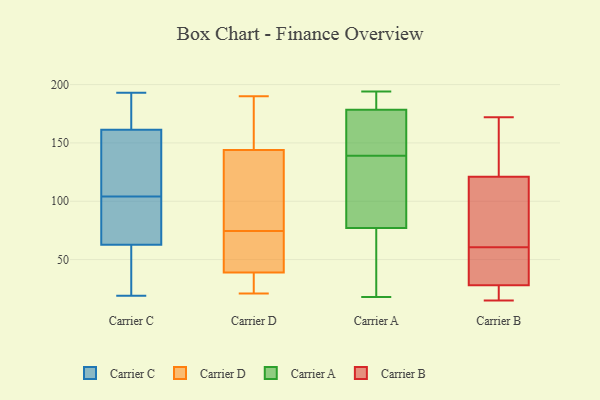
{"axis": {"x": "Humidity (%)", "y": "Value"}, "legend": ["Carrier A", "Carrier B", "Carrier C", "Carrier D"], "data": [{"x": "", "y": 163, "type": "Carrier C"}, {"x": "", "y": 153, "type": "Carrier C"}, {"x": "", "y": 56, "type": "Carrier C"}, {"x": "", "y": 169, "type": "Carrier C"}, {"x": "", "y": 104, "type": "Carrier C"}, {"x": "", "y": 38, "type": "Carrier C"}, {"x": "", "y": 104, "type": "Carrier C"}, {"x": "", "y": 191, "type": "Carrier C"}, {"x": "", "y": 65, "type": "Carrier C"}, {"x": "", "y": 19, "type": "Carrier C"}, {"x": "", "y": 20, "type": "Carrier C"}, {"x": "", "y": 162, "type": "Carrier C"}, {"x": "", "y": 62, "type": "Carrier C"}, {"x": "", "y": 159, "type": "Carrier C"}, {"x": "", "y": 104, "type": "Carrier C"}, {"x": "", "y": 193, "type": "Carrier C"}, {"x": "", "y": 85, "type": "Carrier C"}, {"x": "", "y": 77, "type": "Carrier C"}, {"x": "", "y": 159, "type": "Carrier C"}, {"x": "", "y": 34, "type": "Carrier D"}, {"x": "", "y": 91, "type": "Carrier D"}, {"x": "", "y": 144, "type": "Carrier D"}, {"x": "", "y": 39, "type": "Carrier D"}, {"x": "", "y": 166, "type": "Carrier D"}, {"x": "", "y": 74, "type": "Carrier D"}, {"x": "", "y": 71, "type": "Carrier D"}, {"x": "", "y": 21, "type": "Carrier D"}, {"x": "", "y": 158, "type": "Carrier D"}, {"x": "", "y": 75, "type": "Carrier D"}, {"x": "", "y": 39, "type": "Carrier D"}, {"x": "", "y": 190, "type": "Carrier D"}, {"x": "", "y": 154, "type": "Carrier D"}, {"x": "", "y": 112, "type": "Carrier D"}, {"x": "", "y": 21, "type": "Carrier D"}, {"x": "", "y": 41, "type": "Carrier D"}, {"x": "", "y": 101, "type": "Carrier D"}, {"x": "", "y": 38, "type": "Carrier D"}, {"x": "", "y": 181, "type": "Carrier A"}, {"x": "", "y": 21, "type": "Carrier A"}, {"x": "", "y": 121, "type": "Carrier A"}, {"x": "", "y": 194, "type": "Carrier A"}, {"x": "", "y": 158, "type": "Carrier A"}, {"x": "", "y": 130, "type": "Carrier A"}, {"x": "", "y": 143, "type": "Carrier A"}, {"x": "", "y": 75, "type": "Carrier A"}, {"x": "", "y": 51, "type": "Carrier A"}, {"x": "", "y": 171, "type": "Carrier A"}, {"x": "", "y": 139, "type": "Carrier A"}, {"x": "", "y": 83, "type": "Carrier A"}, {"x": "", "y": 184, "type": "Carrier A"}, {"x": "", "y": 181, "type": "Carrier A"}, {"x": "", "y": 18, "type": "Carrier A"}, {"x": "", "y": 126, "type": "Carrier B"}, {"x": "", "y": 19, "type": "Carrier B"}, {"x": "", "y": 92, "type": "Carrier B"}, {"x": "", "y": 116, "type": "Carrier B"}, {"x": "", "y": 149, "type": "Carrier B"}, {"x": "", "y": 22, "type": "Carrier B"}, {"x": "", "y": 57, "type": "Carrier B"}, {"x": "", "y": 44, "type": "Carrier B"}, {"x": "", "y": 56, "type": "Carrier B"}, {"x": "", "y": 85, "type": "Carrier B"}, {"x": "", "y": 75, "type": "Carrier B"}, {"x": "", "y": 15, "type": "Carrier B"}, {"x": "", "y": 17, "type": "Carrier B"}, {"x": "", "y": 26, "type": "Carrier B"}, {"x": "", "y": 57, "type": "Carrier B"}, {"x": "", "y": 140, "type": "Carrier B"}, {"x": "", "y": 30, "type": "Carrier B"}, {"x": "", "y": 172, "type": "Carrier B"}, {"x": "", "y": 162, "type": "Carrier B"}, {"x": "", "y": 64, "type": "Carrier B"}]}